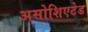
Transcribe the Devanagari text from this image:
असोशिएटेड